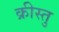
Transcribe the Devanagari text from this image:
क्रीस्तु